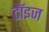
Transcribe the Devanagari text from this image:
टॉइज